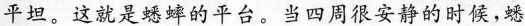
平坦。这就是蟋蟀的平台。当四周很安静的时候，蟋